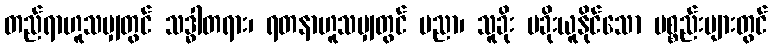
တည်ရာဟူသမျှတွင် သဒ္ဓါတရား၊ ရတနာဟူသမျှတွင် ပညာ၊ သူခိုး မခိုးယူနိုင်သော ပစ္စည်းများတွင်